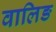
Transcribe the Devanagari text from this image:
वालिङ